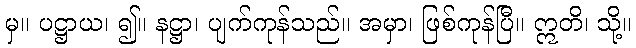
မှ။ ပဋ္ဌာယ၊ ၍။ နဋ္ဌာ၊ ပျက်ကုန်သည်။ အမှာ၊ ဖြစ်ကုန်ပြီ။ ဣတိ၊ သို့။